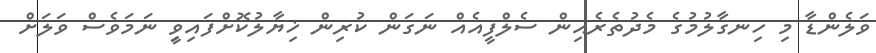
ވަލެންޑާ މި ހިނގާލުމުގެ މެދުތެރެއިން ސެލްފީއެއް ނަގަން ކުރިން ޚިޔާލުކޮށްފައިވީި ނަމަވެސް ވަލަށް